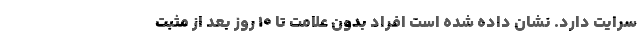
سرایت دارد. نشان داده شده است افراد بدون علامت تا ۱۰ روز بعد از مثبت